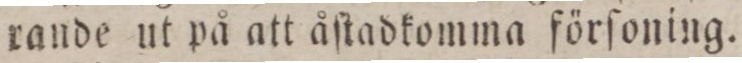
rande ut på att åſtadkomma förſoning.